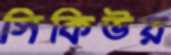
সিকিউর